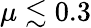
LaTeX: \mu\lesssim 0.3